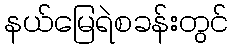
နယ်မြေရဲစခန်းတွင်